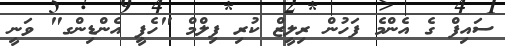
ސައިފް ގެ އެންމެ ފަހުން ރިލީޒް ކުރި ފިލްމް "ހެޕީ އެންޑިންގ" ވަނީ